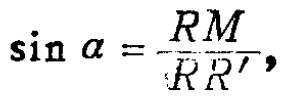
\(\sin \alpha =\frac{RM}{RR'},\)